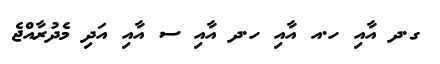
ގ.ދ އާއި ހ.އ އާއި ހ.ދ އާއި ސ އާއި އަދި މެދުރާއްޖެ